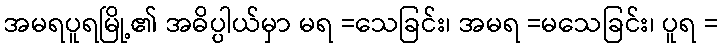
အမရပူရမြို့၏ အဓိပ္ပါယ်မှာ မရ =သေခြင်း၊ အမရ =မသေခြင်း၊ ပူရ =